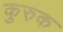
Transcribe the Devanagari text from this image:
कुरुक